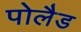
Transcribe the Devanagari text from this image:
पोलैड